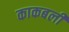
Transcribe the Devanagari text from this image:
काकबली